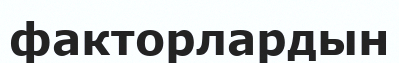
факторлардын